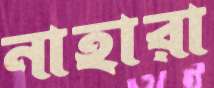
নাহারা